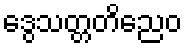
ဒွေသတ္တတိညေဝ